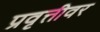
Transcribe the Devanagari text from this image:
प्रवृत्तीवर